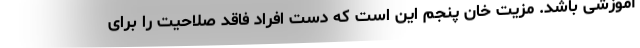
آموزشی باشد. مزیت خان پنجم این است که دست افراد فاقد صلاحیت را برای